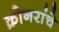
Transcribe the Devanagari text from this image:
क्रोनरांचे